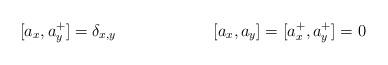
LaTeX: \begin{align*}[a_x,a^+_y] &=\delta_{x,y} &[a_x,a_y]&=[a^+_x,a^+_y]=0\end{align*}